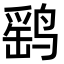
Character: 鹞